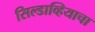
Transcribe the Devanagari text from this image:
सिल्डाव्हियाचा